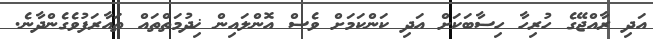
އަދި ރާއްޖޭގެ ހުރިހާ ހިސާބަކަށް އަދި ކަންކަމަށް ވެސް އޮންލައިން ޚިދުމަތްތައް ތައާރަފުވެގެންދާނެ.